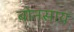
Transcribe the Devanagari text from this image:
बोनसाय